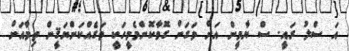
އަ ސްލު ރައީ. ސް ޔާމީން އަށް ވަގަށް ގޮވާކޮންމެމީހަކީ ވަގެއްކަންޔަޤީން ތިމާއަށް